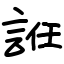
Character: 䛘